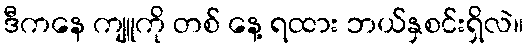
ဒီကနေ ကျူကို တစ် နေ့ ရထား ဘယ်နှစင်းရှိလဲ။